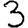
Digit: 3